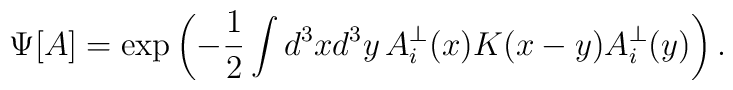
\Psi[A]=\exp\left(-\frac{1}{2}\int d^3xd^3y\,A_i^\bot(x)K(x-y)A_i^\bot(y)\right).